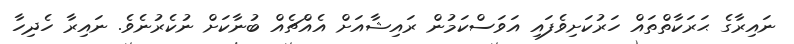
ނައިރާގެ ޙަރަކާތްތައް ހަރުކަށިވެފައި އަވަސްކަމުން ރައިޝާއަށް އެއްޗެއް ބުނާކަށް ނުކެރުނެވެ. ނައިރާ ހެދިހާ